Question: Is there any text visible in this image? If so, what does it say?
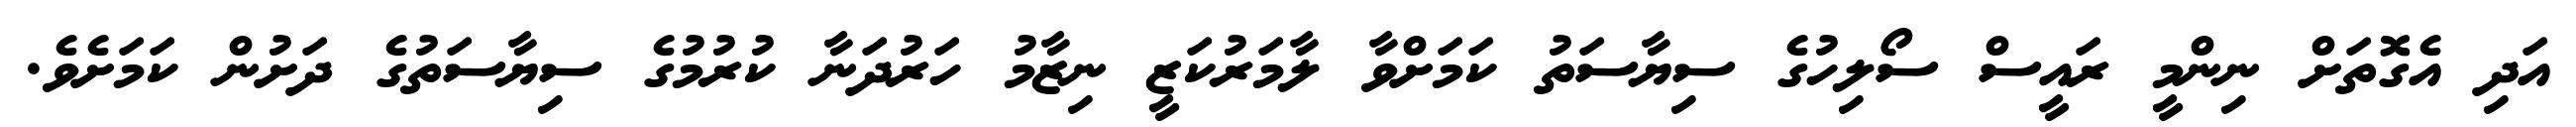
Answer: އަދި އެގޮތަށް ނިންމީ ރައީސް ސޯލިހުގެ ސިޔާސަތު ކަމަށްވާ ލާމަރުކަޒީ ނިޒާމު ހަރުދަނާ ކުރުމުގެ ސިޔާސަތުގެ ދަށުން ކަމަށެވެ.